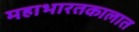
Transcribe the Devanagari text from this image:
महाभारतकालात